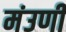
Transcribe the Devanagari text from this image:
मंउणी